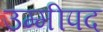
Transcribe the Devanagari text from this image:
उम्मीपद